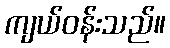
ကျယ်ဝန်းသည်။